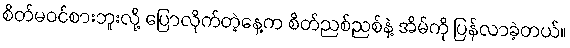
စိတ်မဝင်စားဘူးလို့ ပြောလိုက်တဲ့နေ့က စိတ်ညစ်ညစ်နဲ့ အိမ်ကို ပြန်လာခဲ့တယ်။